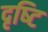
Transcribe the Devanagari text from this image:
दृष्‍टि